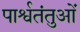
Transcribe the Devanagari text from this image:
पार्श्वतंतुओं